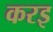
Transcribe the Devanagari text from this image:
करइ